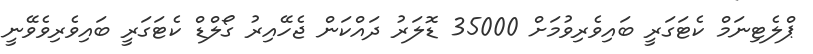
ޕްލެޓިނަމް ކެޓަގަރީ ބައިވެރިވުމަށް 35000 ޑޮލަރު ދައްކަން ޖެހޭއިރު ގޯލްޑް ކެޓަގަރީ ބައިވެރިވެވޭނީ